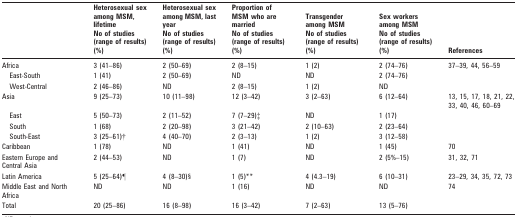
<table><thead><tr><td></td><td></td><td><b>Heterosexual sex among MSM, lifetime No of studies (range of results) (%)</b></td><td></td><td><b>Heterosexual sex among MSM, last year No of studies (range of results) (%)</b></td><td></td><td><b>Proportion of MSM who are married No of studies (range of results) (%)</b></td><td></td><td><b>Transgender among MSM No of studies (range of results) (%)</b></td><td></td><td><b>Sex workers among MSM No of studies (range of results) (%)</b></td><td></td><td><b>References</b></td></tr></thead><tbody><tr><td>Africa</td><td></td><td>3 (41–86)</td><td></td><td>2 (50–69)</td><td></td><td>2 (8–15)</td><td></td><td>1 (2)</td><td></td><td>2 (74–76)</td><td></td><td>37–39, 44, 56–59</td></tr><tr><td>East-South</td><td></td><td>1 (41)</td><td></td><td>2 (50–69)</td><td></td><td>ND</td><td></td><td>ND</td><td></td><td>2 (74–76)</td><td></td><td></td></tr><tr><td>West-Central</td><td></td><td>2 (46–86)</td><td></td><td>ND</td><td></td><td>2 (8–15)</td><td></td><td>1 (2)</td><td></td><td>ND</td><td></td><td></td></tr><tr><td>Asia</td><td></td><td>9 (25–73)</td><td></td><td>10 (11–98)</td><td></td><td>12 (3–42)</td><td></td><td>3 (2–63)</td><td></td><td>6 (12–64)</td><td></td><td>13, 15, 17, 18, 21, 22, 33, 40, 46, 60–69</td></tr><tr><td>East</td><td></td><td>5 (50–73)</td><td></td><td>2 (11–52)</td><td></td><td>7 (7–29)‡</td><td></td><td>ND</td><td></td><td>1 (17)</td><td></td><td></td></tr><tr><td>South</td><td></td><td>1 (68)</td><td></td><td>2 (20–98)</td><td></td><td>3 (21–42)</td><td></td><td>2 (10–63)</td><td></td><td>2 (23–64)</td><td></td><td></td></tr><tr><td>South-East</td><td></td><td>3 (25–61)†</td><td></td><td>4 (40–70)</td><td></td><td>2 (3–13)</td><td></td><td>1 (2)</td><td></td><td>3 (12–58)</td><td></td><td></td></tr><tr><td>Caribbean</td><td></td><td>1 (78)</td><td></td><td>ND</td><td></td><td>1 (41)</td><td></td><td>ND</td><td></td><td>1 (45)</td><td></td><td>70</td></tr><tr><td>Eastern Europe and Central Asia</td><td></td><td>2 (44–53)</td><td></td><td>ND</td><td></td><td>1 (7)</td><td></td><td>ND</td><td></td><td>2 (5%–15)</td><td></td><td>31, 32, 71</td></tr><tr><td>Latin America</td><td></td><td>5 (25–64)¶</td><td></td><td>4 (8–30)§</td><td></td><td>1 (5)**</td><td></td><td>4 (4.3–19)</td><td></td><td>6 (10–31)</td><td></td><td>23–29, 34, 35, 72, 73</td></tr><tr><td>Middle East and North Africa</td><td></td><td>ND</td><td></td><td>ND</td><td></td><td>1 (16)</td><td></td><td>ND</td><td></td><td>ND</td><td></td><td>74</td></tr><tr><td>Total</td><td></td><td>20 (25–86)</td><td></td><td>16 (8–98)</td><td></td><td>16 (3–42)</td><td></td><td>7 (2–63)</td><td></td><td>13 (5–76)</td><td></td><td></td></tr></tbody></table>